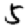
Digit: 5